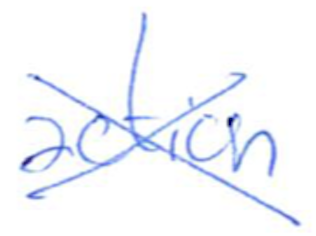
Text: action
Cross-out: cross
Writing tool: ballpoint